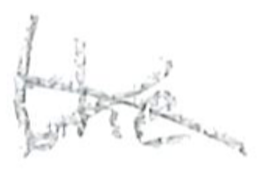
Text: the
Cross-out: cross
Writing tool: pencil